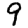
Digit: 9